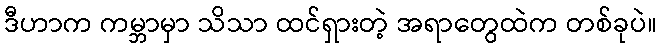
ဒီဟာက ကမ္ဘာမှာ သိသာ ထင်ရှားတဲ့ အရာတွေထဲက တစ်ခုပဲ။